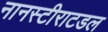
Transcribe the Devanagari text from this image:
नानस्टीराटडल